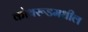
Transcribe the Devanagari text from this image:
कोथरूडमधील